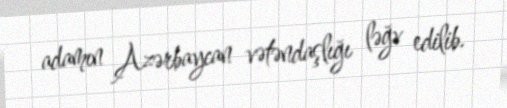
adamın Azərbaycan vətəndaşlığı ləğv edilib.